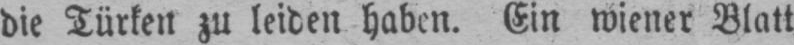
die Türken zu leiden haben. Ein wiener Blatt